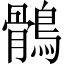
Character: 鶻